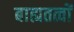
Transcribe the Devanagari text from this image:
बाह्यतत्वों